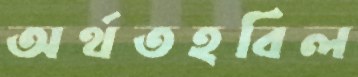
অর্থতহবিল